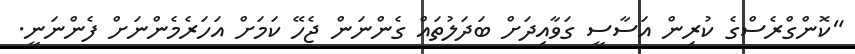
"ކޮންގްރެސްގެ ކުރިން އަސާސީ ގަވާއިދަށް ބަދަލުތައް ގެންނަން ޖެހޭ ކަމަށް އަހަރެމެންނަށް ފެންނަނީ.